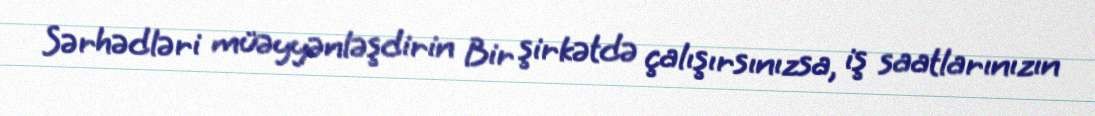
Sərhədləri müəyyənləşdirin Bir şirkətdə çalışırsınızsa, iş saatlarınızın